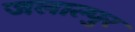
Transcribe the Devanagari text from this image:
जलाल्पुर